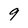
Character: 9